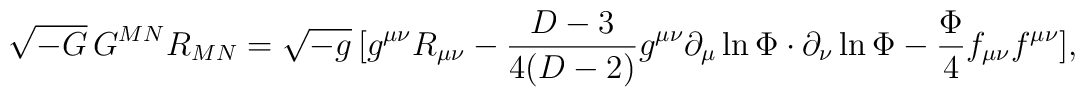
\sqrt{-G}\,G^{MN}R_{MN}=\sqrt{-g}\,[g^{\mu\nu}R_{\mu\nu}-\frac{D-3}{4(D-2)}g^{\mu\nu}\partial_\mu\ln\Phi\cdot\partial_\nu\ln\Phi-\frac{\Phi}{4}f_{\mu\nu}f^{\mu\nu}],